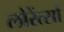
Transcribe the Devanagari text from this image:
लोरेंत्सों